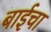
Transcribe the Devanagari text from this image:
बाईचा